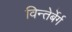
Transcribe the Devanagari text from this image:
विन्तेर्बेर्ग